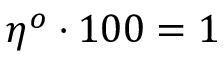
\eta ^ { o } \cdot 1 0 0 = 1 \